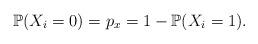
LaTeX: \begin{align*}\mathbb{P}(X_i = 0) = p_x = 1-\mathbb{P}(X_i = 1).\end{align*}